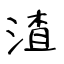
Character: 渣